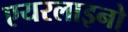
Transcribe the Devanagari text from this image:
एयरलाइनो